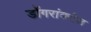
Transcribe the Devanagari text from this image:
डोंगरांवरील